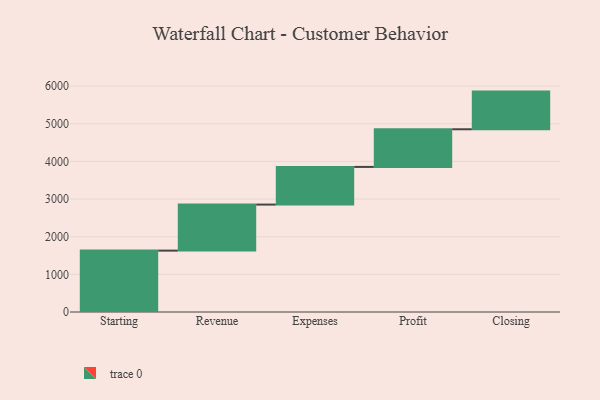
{"axis": {"x": "Step", "y": "Value"}, "legend": [""], "data": [{"x": "Starting", "y": 1630.0, "type": ""}, {"x": "Revenue", "y": 1223.0, "type": ""}, {"x": "Expenses", "y": 1000, "type": ""}, {"x": "Profit", "y": 1000, "type": ""}, {"x": "Closing", "y": 1000, "type": ""}]}